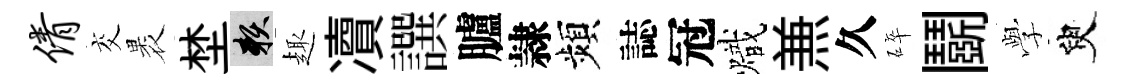
倩交褁埜賴趣凟譔臚隷頻誌冠熾𠔥久碎鬬𫝯臾